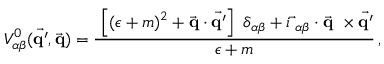
V _ { \alpha \beta } ^ { 0 } ( \vec { \mathrm { \bf q ^ { \prime } } } , \vec { \mathrm { \bf q } } ) = \frac { \displaystyle \ \left[ ( \epsilon + m ) ^ { 2 } + \vec { \mathrm { \bf q } } \cdot \vec { \mathrm { \bf q ^ { \prime } } } \right] \ \delta _ { \alpha \beta } + i \vec { \bf \sigma } _ { \alpha \beta } \cdot \vec { \mathrm { \bf q } } \ \times \vec { \mathrm { \bf q ^ { \prime } } } } { \displaystyle \epsilon + m } \, ,